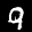
Digit: 9